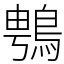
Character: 䳙